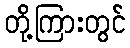
တို့ကြားတွင်